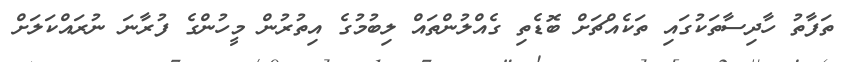
ތަފާތު ހާދިސާތަކުގައި ތަކެއްޗަށް ބޮޑެތި ގެއްލުންތައް ލިބުމުގެ އިތުރުން މީހުންގެ ފުރާނަ ނުރައްކަލަށް